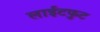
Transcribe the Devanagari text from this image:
लाईटफुट